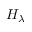
H _ { \lambda }